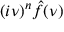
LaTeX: ( i \nu ) ^ { n } { \hat { f } } ( \nu )